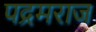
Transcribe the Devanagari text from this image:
पद्रमराज